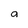
Character: a